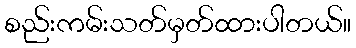
စည်းကမ်းသတ်မှတ်ထားပါတယ်။